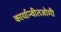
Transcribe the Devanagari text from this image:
कार्यान्वीतजोगी